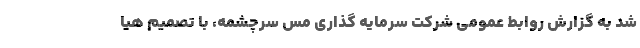
شد به گزارش روابط عمومی شرکت سرمایه گذاری مس سرچشمه، با تصمیم هیا